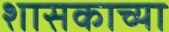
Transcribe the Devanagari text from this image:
शासकाच्या